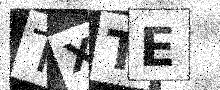
Text: TXTE